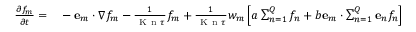
\begin{array} { r l } { \ensuremath { \frac { \partial f _ { m } } { \partial t } } = } & { { } - \ensuremath { \mathbf { e } } _ { m } \cdot \nabla f _ { m } - \frac { 1 } { \ensuremath { \mathrm { ~ K ~ n ~ } } \tau } f _ { m } + \frac 1 { \ensuremath { \mathrm { ~ K ~ n ~ } } \tau } w _ { m } \left[ a \sum _ { n = 1 } ^ { Q } f _ { n } + b \ensuremath { \mathbf { e } } _ { m } \cdot \sum _ { n = 1 } ^ { Q } \ensuremath { \mathbf { e } } _ { n } f _ { n } \right] } \end{array}